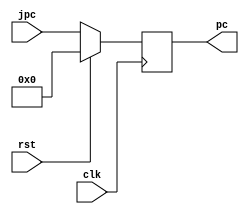
`timescale 1ns / 1ps

module pc (
		input clk,
		input rst,
		input[31:0] jpc,

		output reg[31:0] pc
	);

always @(posedge clk) begin
	if (rst) begin
		pc <= 32'b0;
	end
	else begin
		pc <= jpc;
	end
end

endmodule